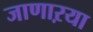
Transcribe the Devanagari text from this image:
जाणाऱया